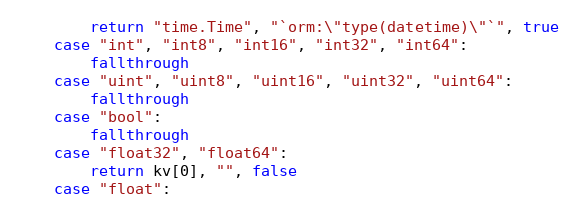
Language: Go
		return "time.Time", "`orm:\"type(datetime)\"`", true
	case "int", "int8", "int16", "int32", "int64":
		fallthrough
	case "uint", "uint8", "uint16", "uint32", "uint64":
		fallthrough
	case "bool":
		fallthrough
	case "float32", "float64":
		return kv[0], "", false
	case "float":